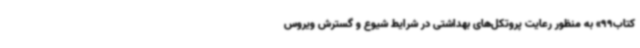
کتاب99» به منظور رعایت پروتکل‌های بهداشتی در شرایط شیوع و گسترش ویروس